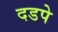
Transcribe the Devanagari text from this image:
दडपे